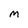
Character: M